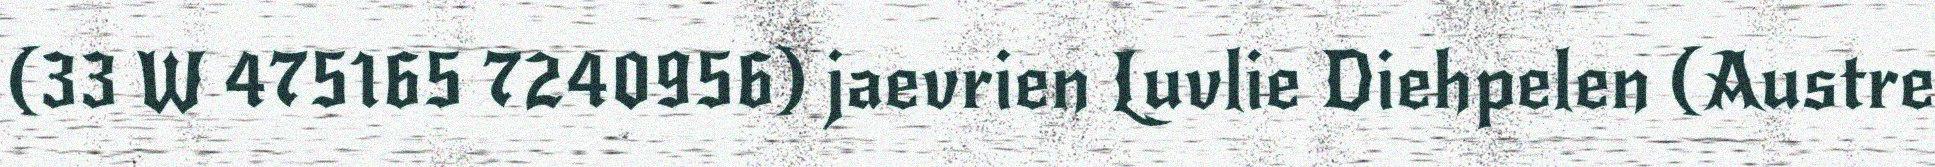
(33 W 475165 7240956) jaevrien Luvlie Diehpelen (Austre